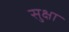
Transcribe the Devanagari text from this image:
सुक्षा